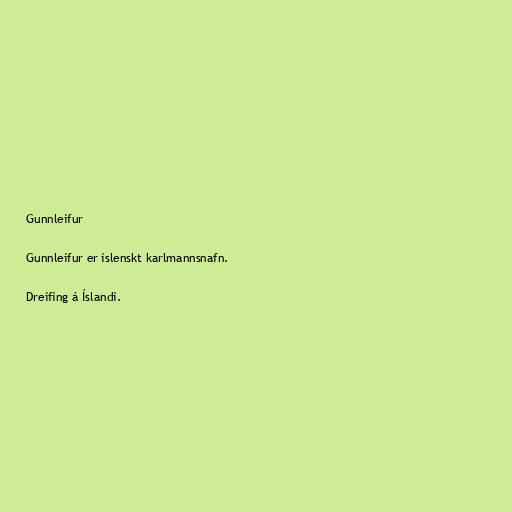
Gunnleifur

Gunnleifur er íslenskt karlmannsnafn.

Dreifing á Íslandi.